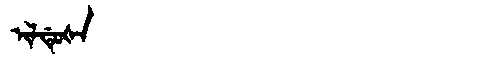
Manchu: ᡳᠯᡩᡠᡧᠠ
Romanization: ILDUŠA